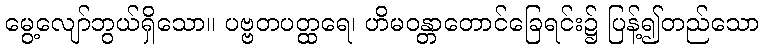
မွေ့လျော်ဘွယ်ရှိသော။ ပဗ္ဗတပတ္ထရေ၊ ဟိမဝန္တာတောင်ခြေရင်း၌ ပြန့်၍တည်သော